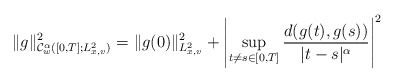
\begin{align*}\|g\|_{\mathcal{C}_w^\alpha([0,T];L^2_{x,v})}^2=\|g(0)\|_{L^2_{x,v}}^2+\left|\sup_{t\not=s\in[0,T]}\frac{d(g(t),g(s))}{|t-s|^\alpha}\right|^2\end{align*}